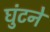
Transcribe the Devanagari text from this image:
घुंटने